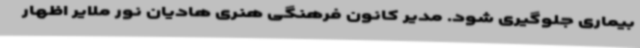
بیماری جلوگیری شود. مدیر کانون فرهنگی هنری هادیان نور ملایر اظهار